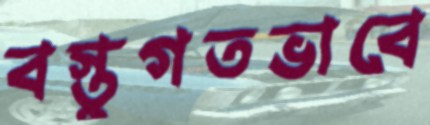
বস্তুগতভাবে